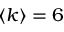
\left< k \right> = 6